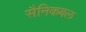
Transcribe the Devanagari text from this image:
सैनिकबल